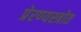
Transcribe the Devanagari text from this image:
प्रेरण्यस्त्रोत